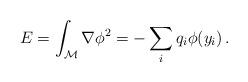
LaTeX: \begin{align*}E = \int_{{\cal M}} {\nabla \phi}^2 = - \sum_i q_i \phi(y_i)\,.\end{align*}